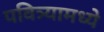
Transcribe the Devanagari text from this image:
पवित्र्यामध्ये